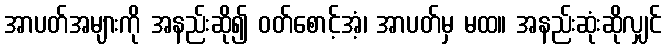
အာပတ်အများကို အနည်းဆို၍ ဝတ်စောင့်အံ့၊ အာပတ်မှ မထ။ အနည်းဆုံးဆိုလျှင်